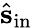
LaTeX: \hat{\mathbf{s}}_{\textrm{in}}